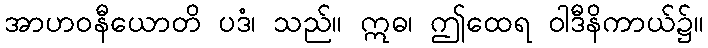
အာဟဝနီယောတိ ပဒံ၊ သည်။ ဣဓ၊ ဤထေရ ဝါဒီနိကာယ်၌။